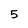
Character: 5